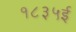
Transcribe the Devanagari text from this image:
१८३५ई